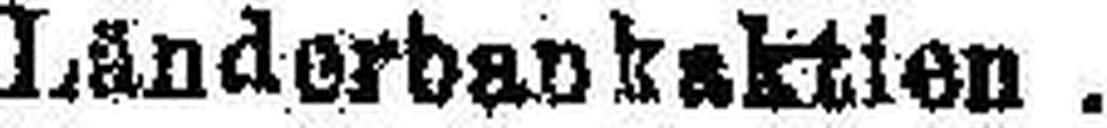
Ländorbankaktien .